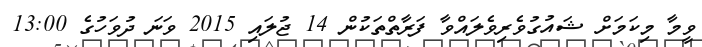
ވީމާ މިކަމަށް ޝައުގުވެރިވެލައްވާ ފަރާތްތަކުން 14 ޖުލައި 2015 ވަނަ ދުވަހުގެ 13:00